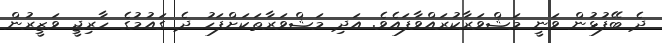
ދެ ބޭފުޅުން ވަނީ މަޝްވަރާކުރައްވާފައެވެ. އަދި މަޝްވަރާތަކަށްފަހު ދެ ގައުމުގެ ހާރިޖީ ވަޒީރުން